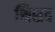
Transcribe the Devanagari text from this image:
सिसद